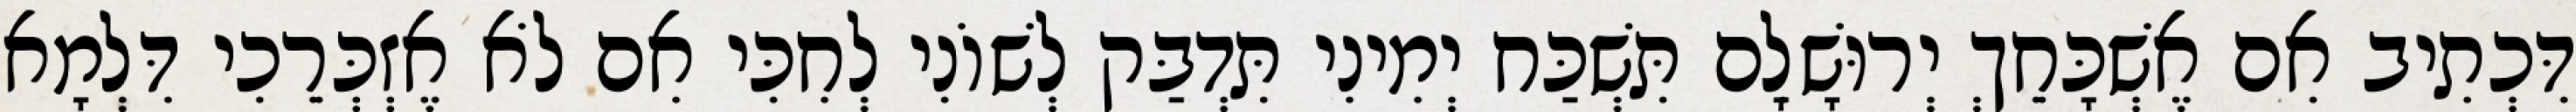
דִּכְתִיב אִם אֶשְׁכָּחֵךְ יְרוּשָׁלִָם תִּשְׁכַּח יְמִינִי תִּדְבַּק לְשׁוֹנִי לְחִכִּי אִם לֹא אֶזְכְּרֵכִי דִּלְמָא